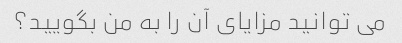
می توانید مزایای آن را به من بگویید؟